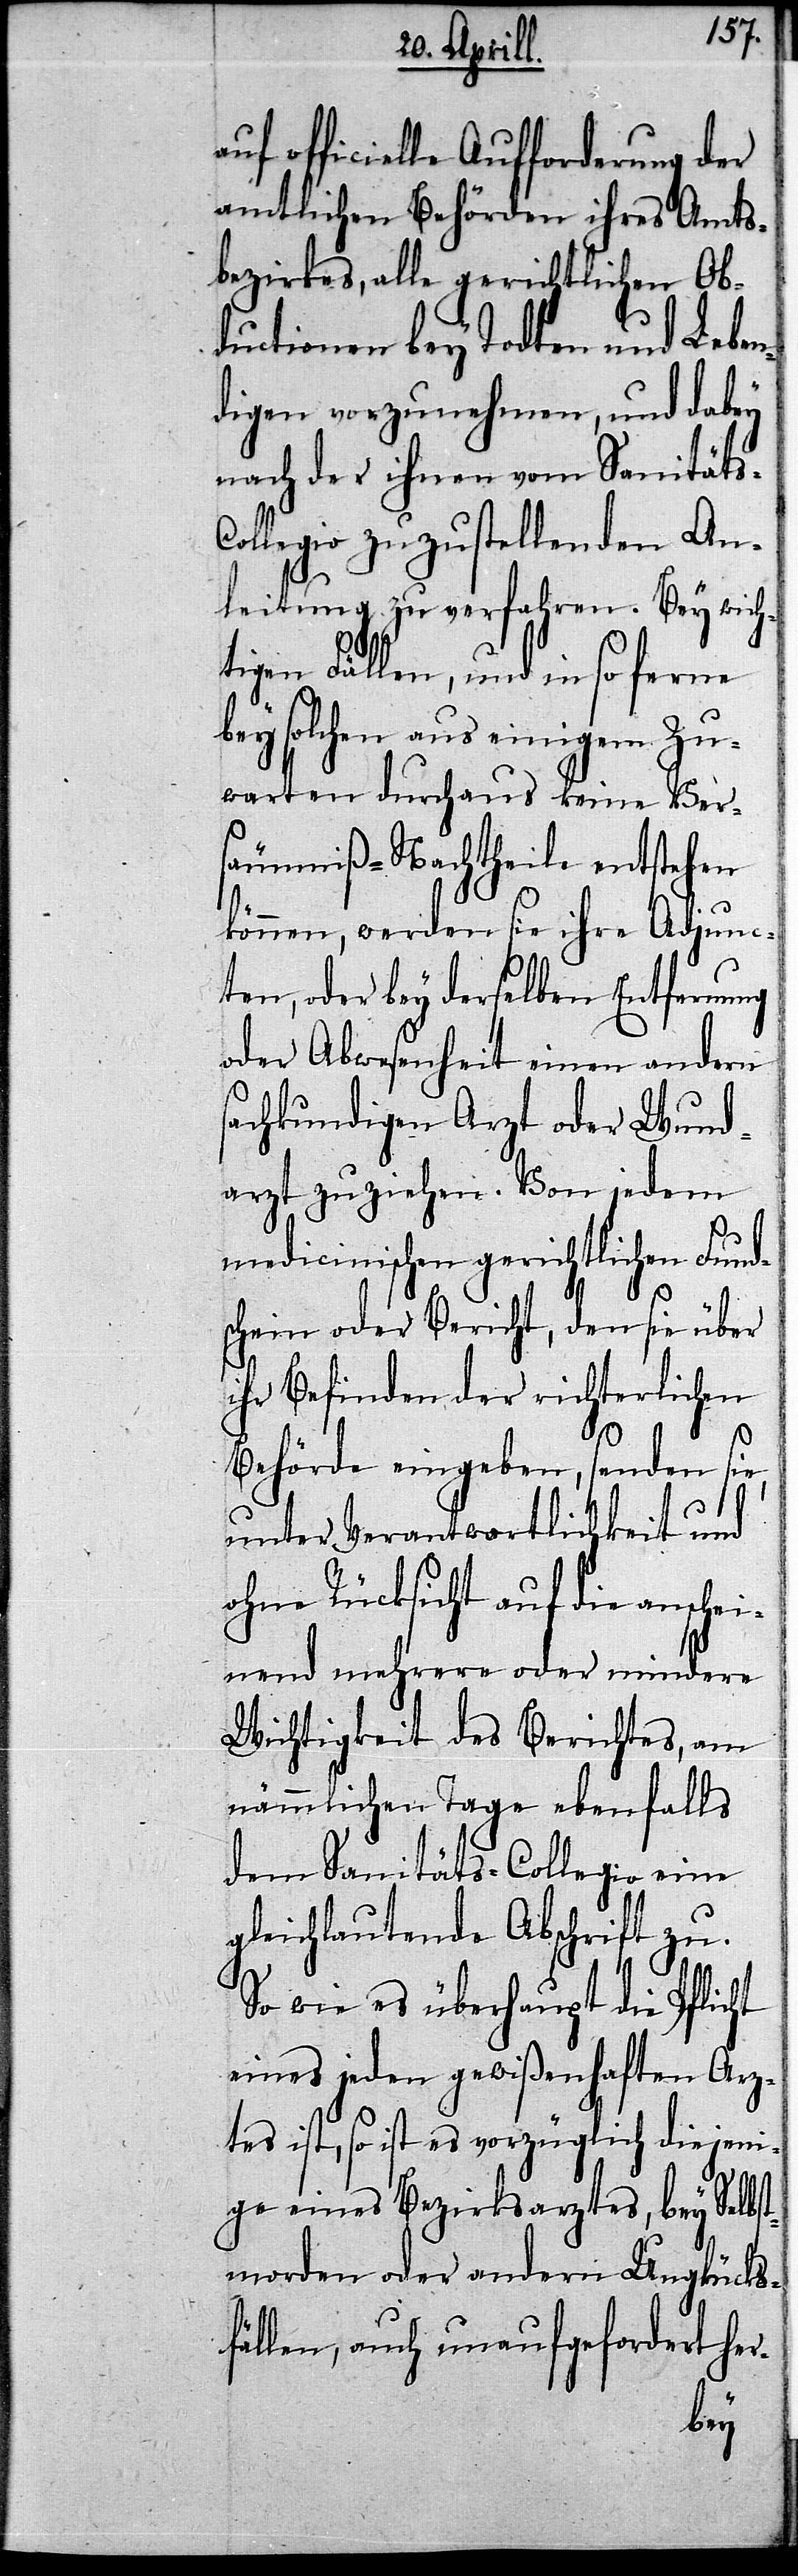
auf officielle Aufforderung der
amtlichen Behörden ihres Amts¬
bezirkes, alle gerichtlichen Ob¬
ductionen bey Todten und Leben¬
digen vorzunehmen, und dabey
nach der ihnen vom Sanität¬
ollegio zuzustellenden An¬
leitung zu verfahren. Bey wich¬
tigen Fällen, und in so ferne
bey solchen aus einigem Zu¬
warten durchaus keine Ver¬
säumniß-Nachtheile entstehen
können, werden sie ihre Adjunc¬
ten, oder bey derselben Entfernung
oder Abwesenheit einen andern
fachkundigen Arzt oder Wund¬
arzt zuziehen. Von jedem
medicinischen gerichtlichen Fund¬
schein oder Bericht, den sie über
ihr Befinden der richterlichen
s-C¬
Behörde eingeben, senden sie,
unter Verantwortlichkeit und
ohne Rücksicht auf die anschei¬
nend mehrere oder mindere
Wichtigkeit des Berichtes, am
nämmlichen Tage ebenfalls
dem Sanitäts-Collegio eine
gleichlautende Abschrift zu.
So wie es überhaupt die Pflicht
eines jeden gewißenhaften Arz¬
tes ist, so ist es vorzüglich diejeni¬
ge eines Bezirksarztes, bey Selbs¬
tmorden oder andern Unglücks¬
fällen, auch unaufgefordert her-